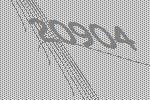
20904